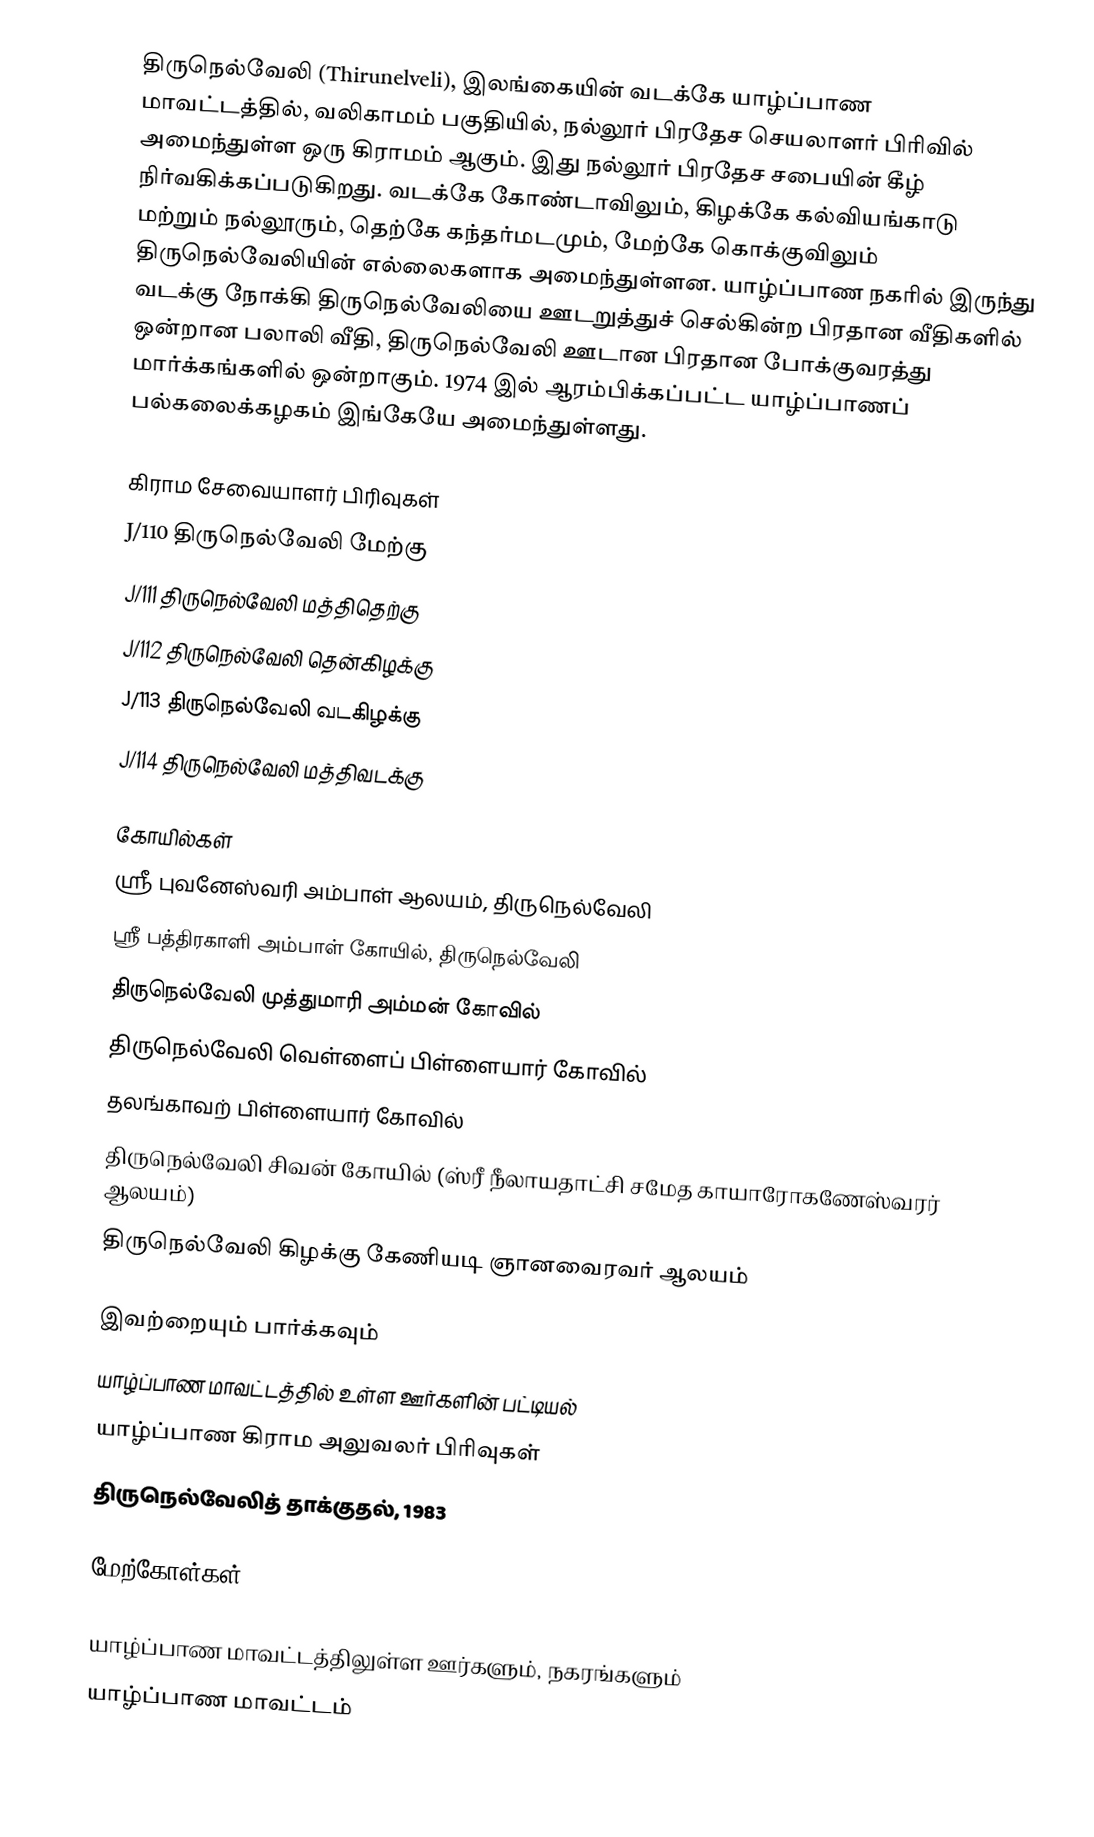
திருநெல்வேலி (Thirunelveli), இலங்கையின் வடக்கே யாழ்ப்பாண மாவட்டத்தில், வலிகாமம் பகுதியில், நல்லூர் பிரதேச செயலாளர் பிரிவில் அமைந்துள்ள ஒரு கிராமம் ஆகும். இது நல்லூர் பிரதேச சபையின் கீழ் நிர்வகிக்கப்படுகிறது. வடக்கே கோண்டாவிலும், கிழக்கே கல்வியங்காடு மற்றும் நல்லூரும், தெற்கே கந்தர்மடமும், மேற்கே கொக்குவிலும் திருநெல்வேலியின் எல்லைகளாக அமைந்துள்ளன. யாழ்ப்பாண நகரில் இருந்து வடக்கு நோக்கி திருநெல்வேலியை ஊடறுத்துச் செல்கின்ற பிரதான வீதிகளில் ஒன்றான பலாலி வீதி, திருநெல்வேலி ஊடான பிரதான போக்குவரத்து மார்க்கங்களில் ஒன்றாகும். 1974 இல் ஆரம்பிக்கப்பட்ட யாழ்ப்பாணப் பல்கலைக்கழகம் இங்கேயே அமைந்துள்ளது.

கிராம சேவையாளர் பிரிவுகள்
J/110 திருநெல்வேலி மேற்கு
J/111 திருநெல்வேலி மத்திதெற்கு
J/112 திருநெல்வேலி தென்கிழக்கு
J/113 திருநெல்வேலி வடகிழக்கு
J/114 திருநெல்வேலி மத்திவடக்கு

கோயில்கள்
 ஸ்ரீ புவனேஸ்வரி அம்பாள் ஆலயம், திருநெல்வேலி
 ஸ்ரீ பத்திரகாளி அம்பாள் கோயில், திருநெல்வேலி
 திருநெல்வேலி முத்துமாரி அம்மன் கோவில்
 திருநெல்வேலி வெள்ளைப் பிள்ளையார் கோவில்
 தலங்காவற் பிள்ளையார் கோவில்
 திருநெல்வேலி சிவன் கோயில் (ஸ்ரீ நீலாயதாட்சி சமேத காயாரோகணேஸ்வரர் ஆலயம்)
 திருநெல்வேலி கிழக்கு கேணியடி ஞானவைரவர் ஆலயம்

இவற்றையும் பார்க்கவும்
 யாழ்ப்பாண மாவட்டத்தில் உள்ள ஊர்களின் பட்டியல்
 யாழ்ப்பாண கிராம அலுவலர் பிரிவுகள்
 திருநெல்வேலித் தாக்குதல், 1983

மேற்கோள்கள்

யாழ்ப்பாண மாவட்டத்திலுள்ள ஊர்களும், நகரங்களும்
யாழ்ப்பாண மாவட்டம்